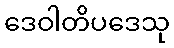
ဒေဝါတိပဒေသု